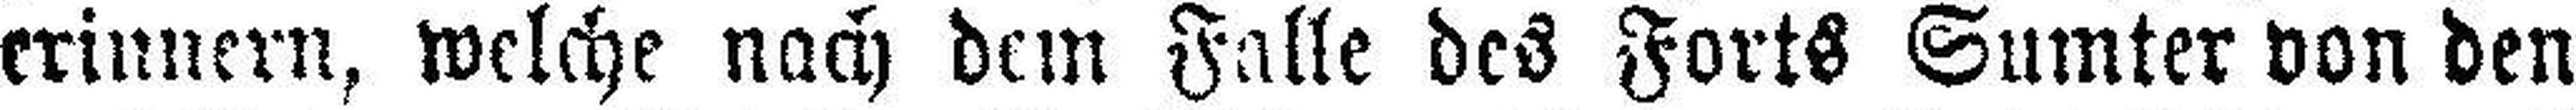
erinnern, welche nach dem Falle des Forts Sumter von den